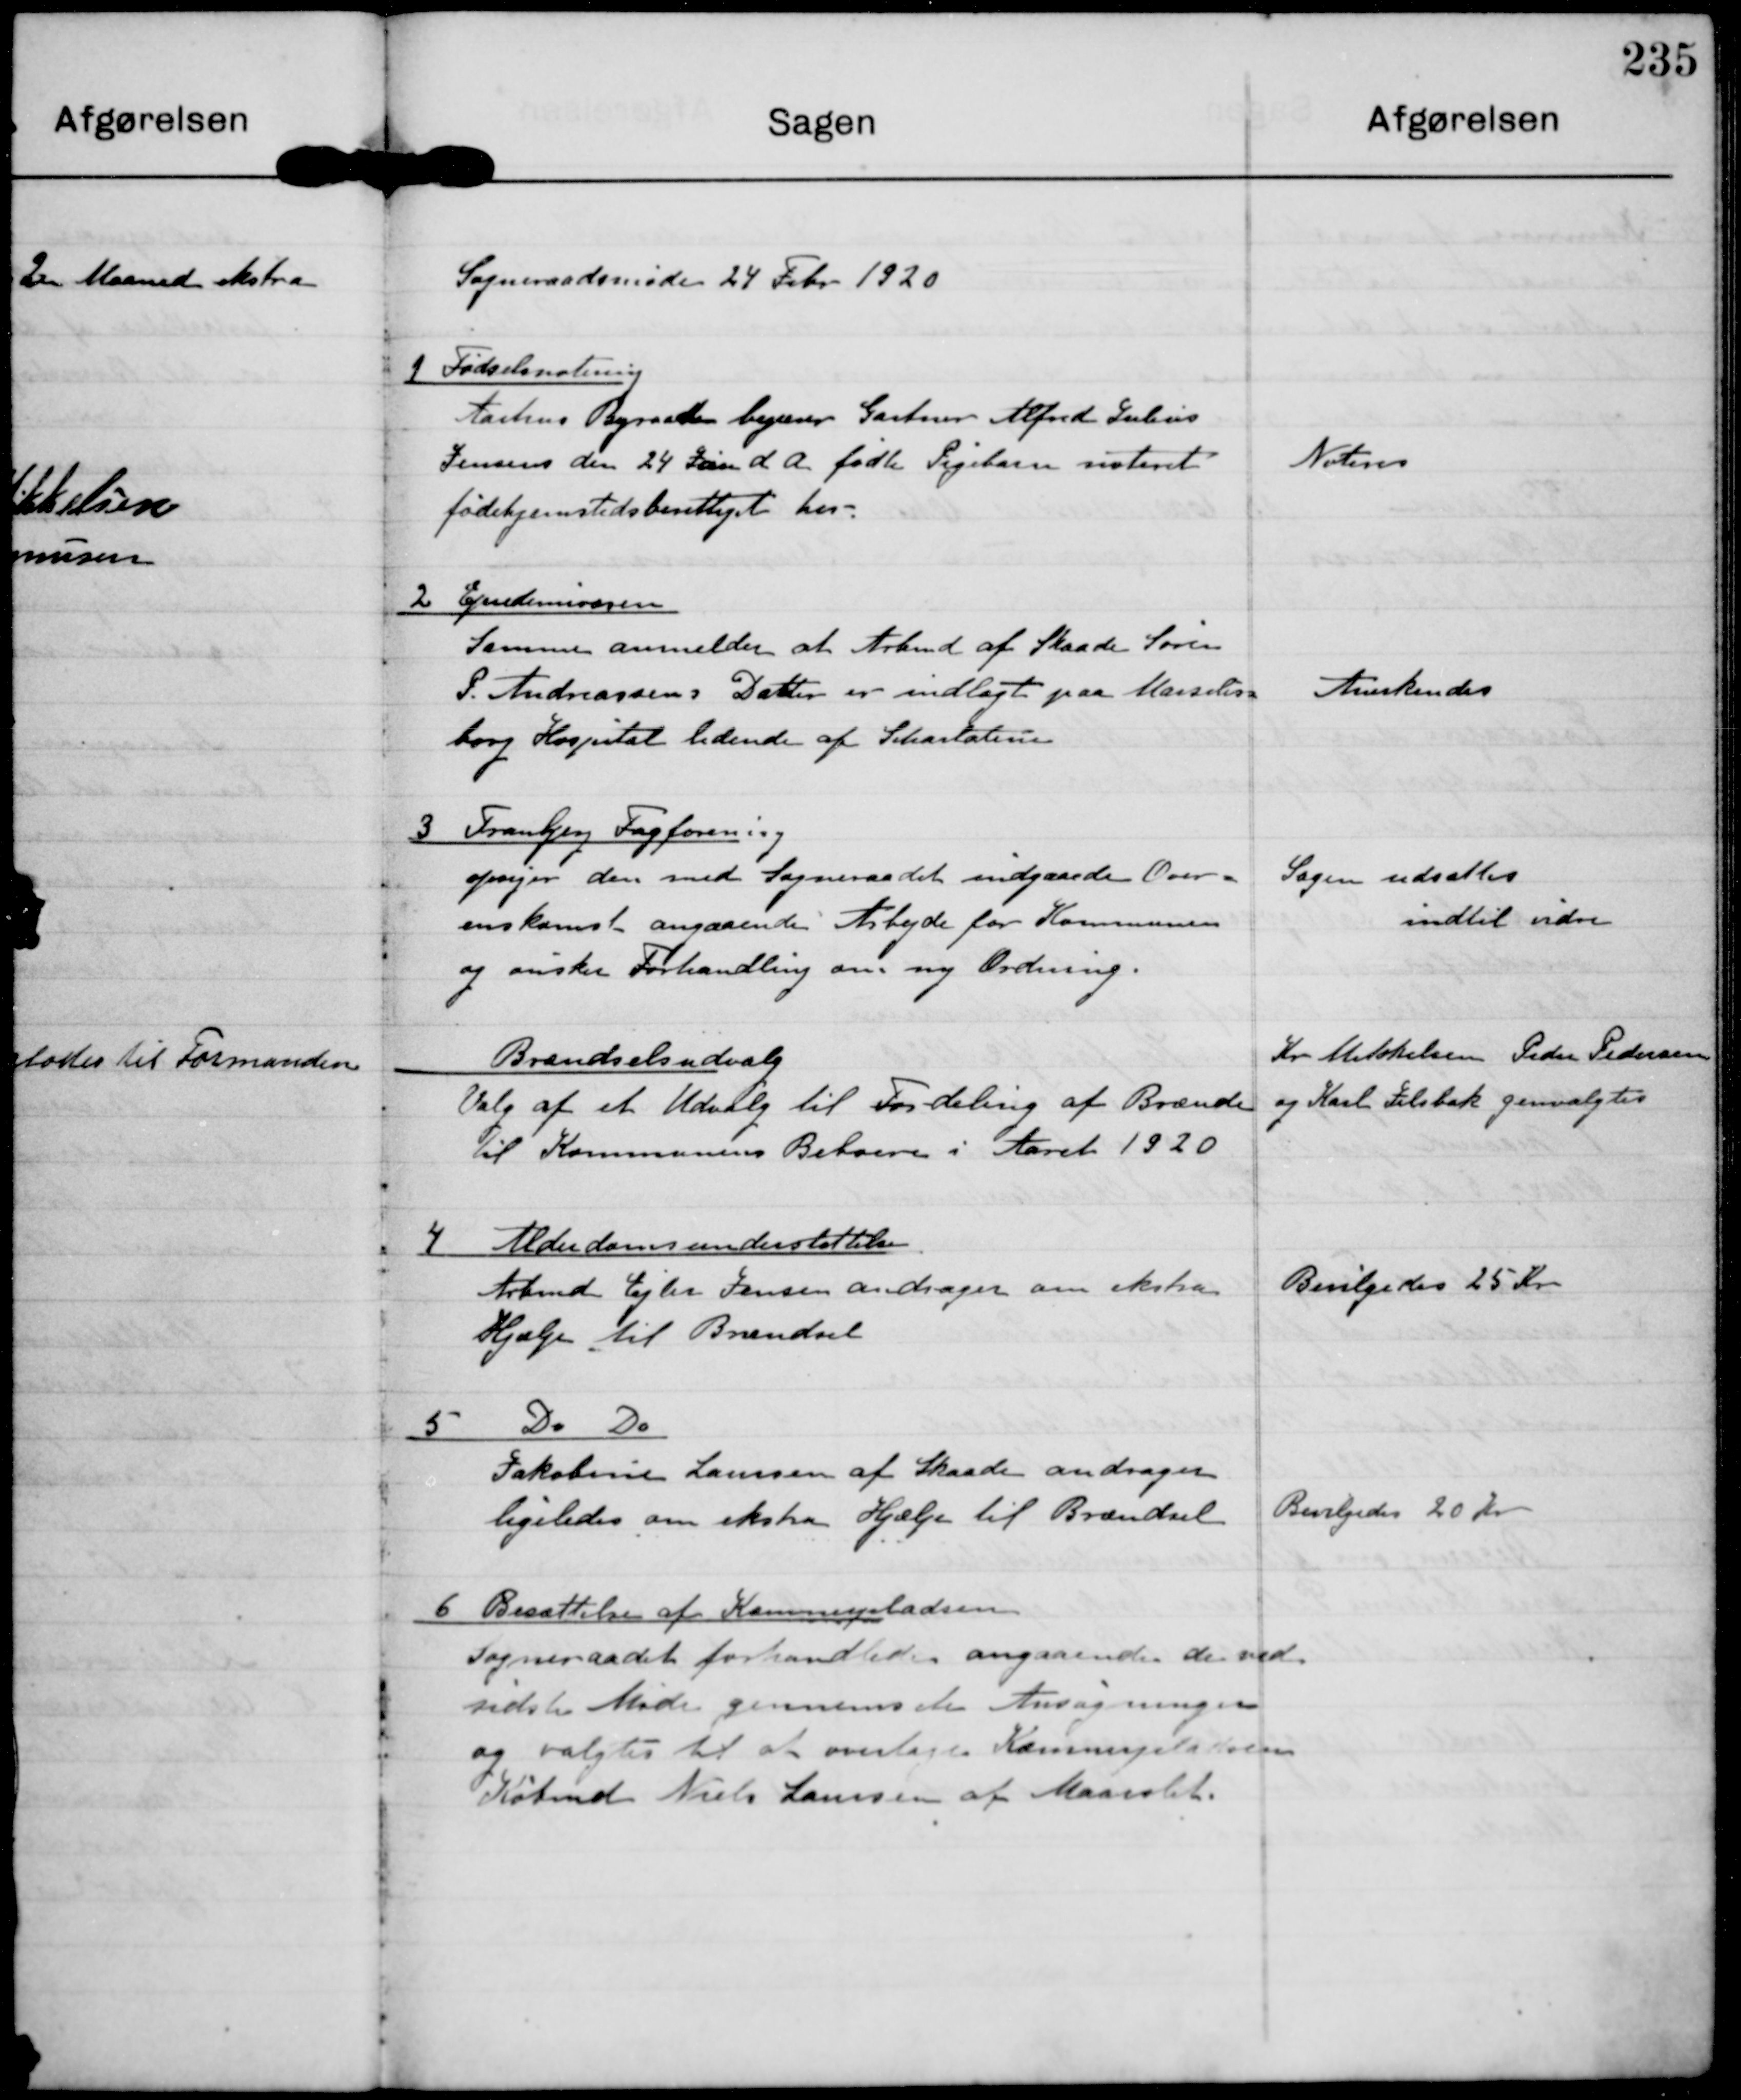
Transskription:
Sogneraadsmøde 24 Frbr 1920

1 Fødselsnotering
Aarhus Byraad begærer Gartner Alfred Julius
Jensens den 24 Jan d A fødte Pigebarn noteret
fødehjemstedsberettiget her.

Noteres

2 Epidemivæsen
Samme anmelder at Arbmd af Skaade Søren
P Andreassens Datter er indlagt paa Marselis-
borg Hospital lidende af Skarlatine

Anerkendes

3 Tranbjerg Fagforening
opsiger den med Sogneraadet indgaaede Over-
enskomst angaaende Arbejde for Kommunen
og ønsker Forhandling om ny Ordning

Sagen udsattes
indtil vidre

Brændselsudvalg
Valg af et Udvalg til Fordeling af Brænde
til Kommunens Beboere i Aaret 1920

Kr Mikkelsen Peder Pedersen
og Karl Jelsbak genvalgtes

7 Alderdomsunderstøttelse
Arbmd Ejler Jensen andrager om ekstra
Hjælp til Brændsel

Bevilgedes 25 Kr

5
Do Do
Jakobine Laursen af Skaade andrager
ligeledes om ekstra Hjælp til Brændsel

Bevilgedes 20 Kr

6 Besættelse af Kæmnerpladsen
Sogneraadet forhandlede angaaende de ved
sidste Møde gennemsete Ansøgninger
og valgtes til at overtage Kæmnerpladsen
Købmd Niels Laursen af Maarslet